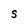
Character: S